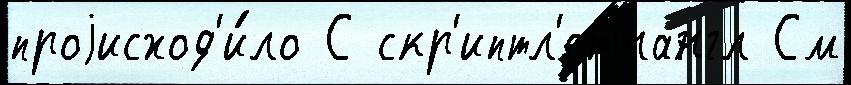
проjисход'и́ло С скр'иптл'етыангл См